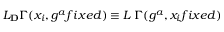
{ \cal L } _ { \bf D } \Gamma ( x _ { i } , g ^ { a } f i x e d ) \equiv { \cal L } _ { \bf \beta } \Gamma ( g ^ { a } , x _ { i } f i x e d )